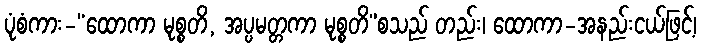
ပုံစံကား-“ထောကာ မုစ္စတိ, အပ္ပမတ္တကာ မုစ္စတိ”စသည် တည်း၊ ထောကာ-အနည်းငယ်ဖြင့်၊